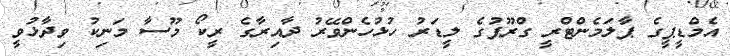
އެމްޑީޕީގެ ޕާލަމެންޓްރީ ގްރޫޕުގެ ލީޑަރު ހުޅުހެންވޭރު ދާއިރާގެ ރީކޯ މޫސާ މަނިކު ވިދާޅުވީ